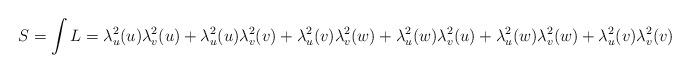
LaTeX: \begin{align*}S=\int L=\lambda^2_u(u)\lambda^2_v(u)+\lambda^2_u(u)\lambda^2_v(v)+\lambda^2_u(v)\lambda^2_v(w)+\lambda^2_u(w)\lambda^2_v(u)+\lambda^2_u(w)\lambda^2_v(w)+\lambda^2_u(v)\lambda^2_v(v)\qquad\end{align*}